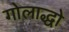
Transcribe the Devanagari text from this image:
गोलाद्धो